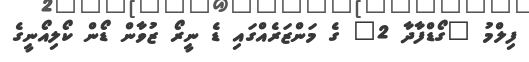
ފިލްމު "ގޯޑްފާދާ 2" ގެ މަންޒަރެއްގައި ޑެ ނީރޯ ޒުވާން ޑޯން ކޯލިއޯނީގެ